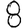
Digit: 8